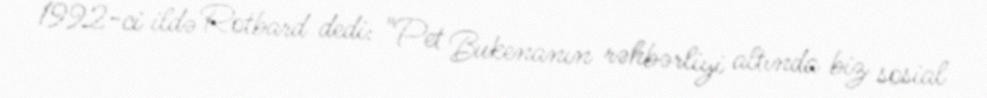
1992-ci ildə Rotbard dedi: "Pet Bukenanın rəhbərliyi altında biz sosial